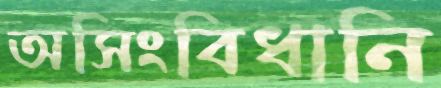
অসিংবিধানি